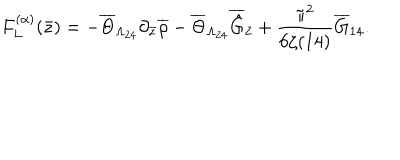
F _ { L } ^ { ( \alpha ) } ( \bar { z } ) = - \overline { { { \Theta } } } _ { \Lambda _ { 2 4 } } \partial _ { \bar { z } } \overline { { { \rho } } } - \overline { { { \Theta } } } _ { \Lambda _ { 2 4 } } \overline { { { \hat { G } } } } _ { 2 } + \frac { \pi ^ { 2 } } { 6 \zeta ( 1 4 ) } \overline { { { G } } } _ { 1 4 } .